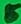
Text: 5